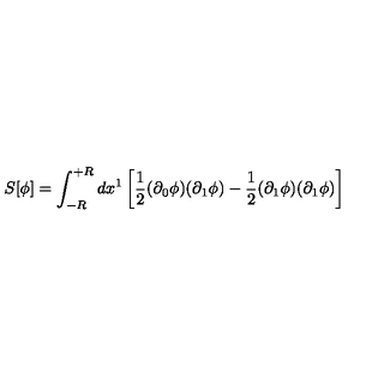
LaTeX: S [ \phi ] = \int _ { - R } ^ { + R } d x ^ { 1 } \left[ \frac { 1 } { 2 } ( \partial _ { 0 } \phi ) ( \partial _ { 1 } \phi ) - \frac { 1 } { 2 } ( \partial _ { 1 } \phi ) ( \partial _ { 1 } \phi ) \right]